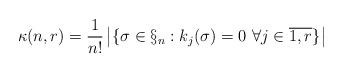
LaTeX: \begin{align*}\kappa(n,r)=\frac{1}{n!}\left|\{\sigma\in\S_n :k_j(\sigma)=0\ \forall j\in \overline{1,r}\}\right|\end{align*}